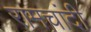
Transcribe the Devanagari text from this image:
रामचांदी